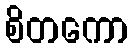
စိတကော